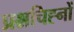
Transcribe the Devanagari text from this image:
प्रश्नचिह्नों